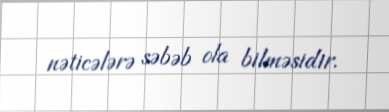
nəticələrə səbəb ola bilməsidir.